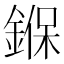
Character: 𨩚